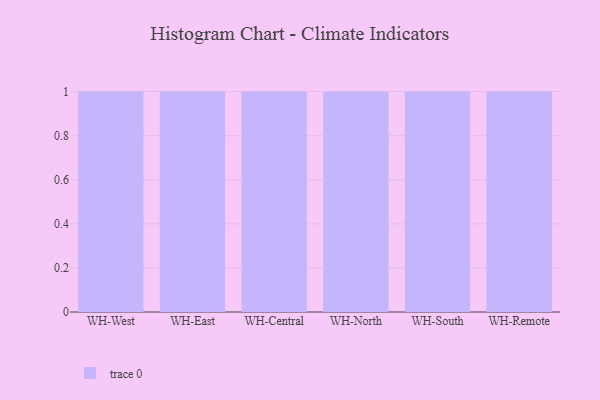
{"axis": {"x": "Warehouse", "y": "Humidity (%)"}, "legend": [""], "data": [{"x": "WH-West", "y": 95, "type": ""}, {"x": "WH-East", "y": 100, "type": ""}, {"x": "WH-Central", "y": 53, "type": ""}, {"x": "WH-North", "y": 90, "type": ""}, {"x": "WH-South", "y": 60, "type": ""}, {"x": "WH-Remote", "y": 7, "type": ""}]}